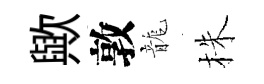
歟敦龍株